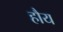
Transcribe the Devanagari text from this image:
हौय